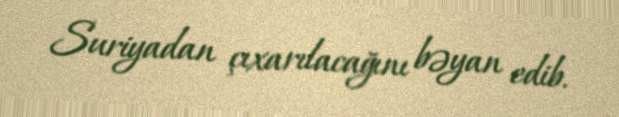
Suriyadan çıxarılacağını bəyan edib.